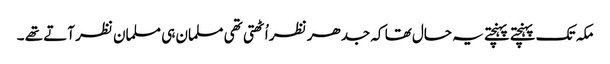
مکہ تک پہنچتے پہنچتے یہ حال تھا کہ جدھر نظر اُٹھتی تھی مسلمان ہی مسلمان نظر آتے تھے ۔